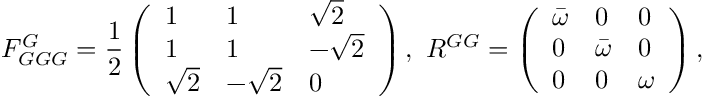
F _ { G G G } ^ { G } = \frac { 1 } { 2 } \left( \begin{array} { l l l } { 1 } & { 1 } & { \sqrt { 2 } } \\ { 1 } & { 1 } & { - \sqrt { 2 } } \\ { \sqrt { 2 } } & { - \sqrt { 2 } } & { 0 } \end{array} \right) , \, \, R ^ { G G } = \left( \begin{array} { l l l } { \bar { \omega } } & { 0 } & { 0 } \\ { 0 } & { \bar { \omega } } & { 0 } \\ { 0 } & { 0 } & { \omega } \end{array} \right) ,